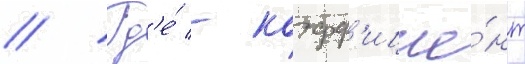
// Гд'е́ - коэфф'ицие́нт